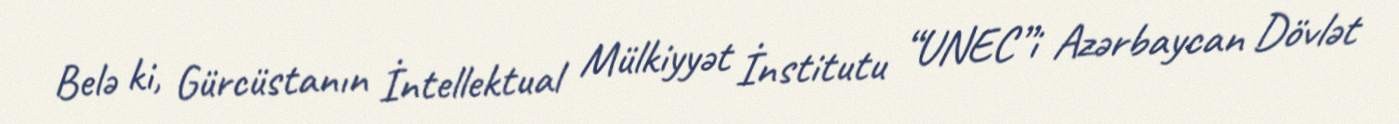
Belə ki, Gürcüstanın İntellektual Mülkiyyət İnstitutu “UNEC”i Azərbaycan Dövlət